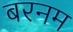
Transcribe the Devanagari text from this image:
बरनम